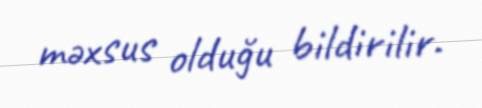
məxsus olduğu bildirilir.